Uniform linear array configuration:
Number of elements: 12
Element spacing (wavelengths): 1
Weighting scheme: hamming
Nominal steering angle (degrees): -15
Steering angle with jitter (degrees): -13.071
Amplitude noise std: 0.05
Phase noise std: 0.05

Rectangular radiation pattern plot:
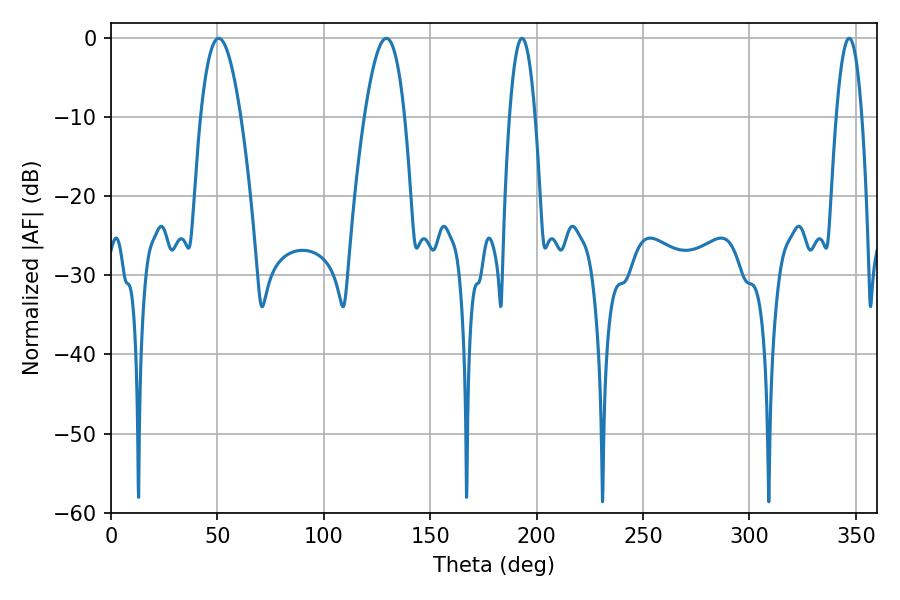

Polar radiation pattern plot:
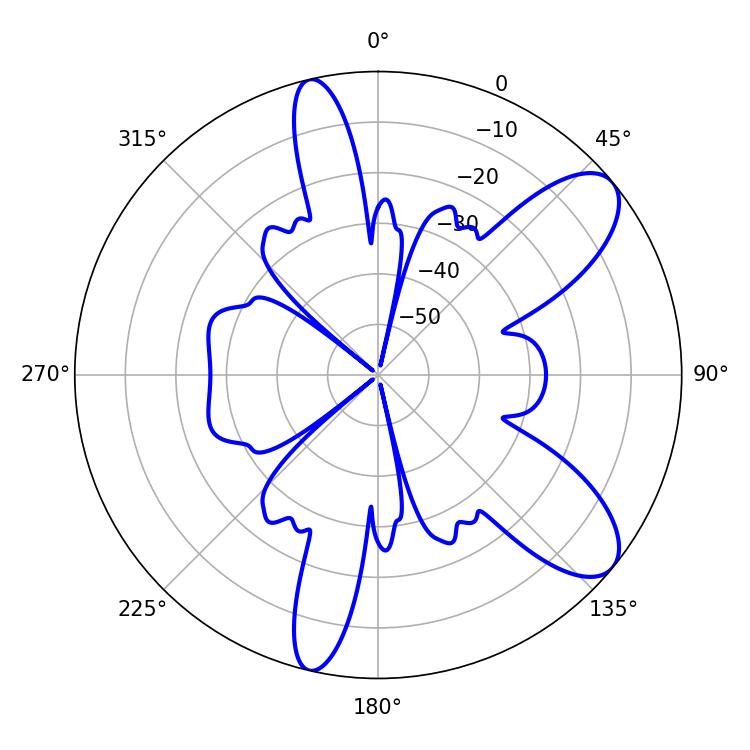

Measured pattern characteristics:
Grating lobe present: TRUE
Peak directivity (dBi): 9.148
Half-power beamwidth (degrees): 6.48
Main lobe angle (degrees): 346.86